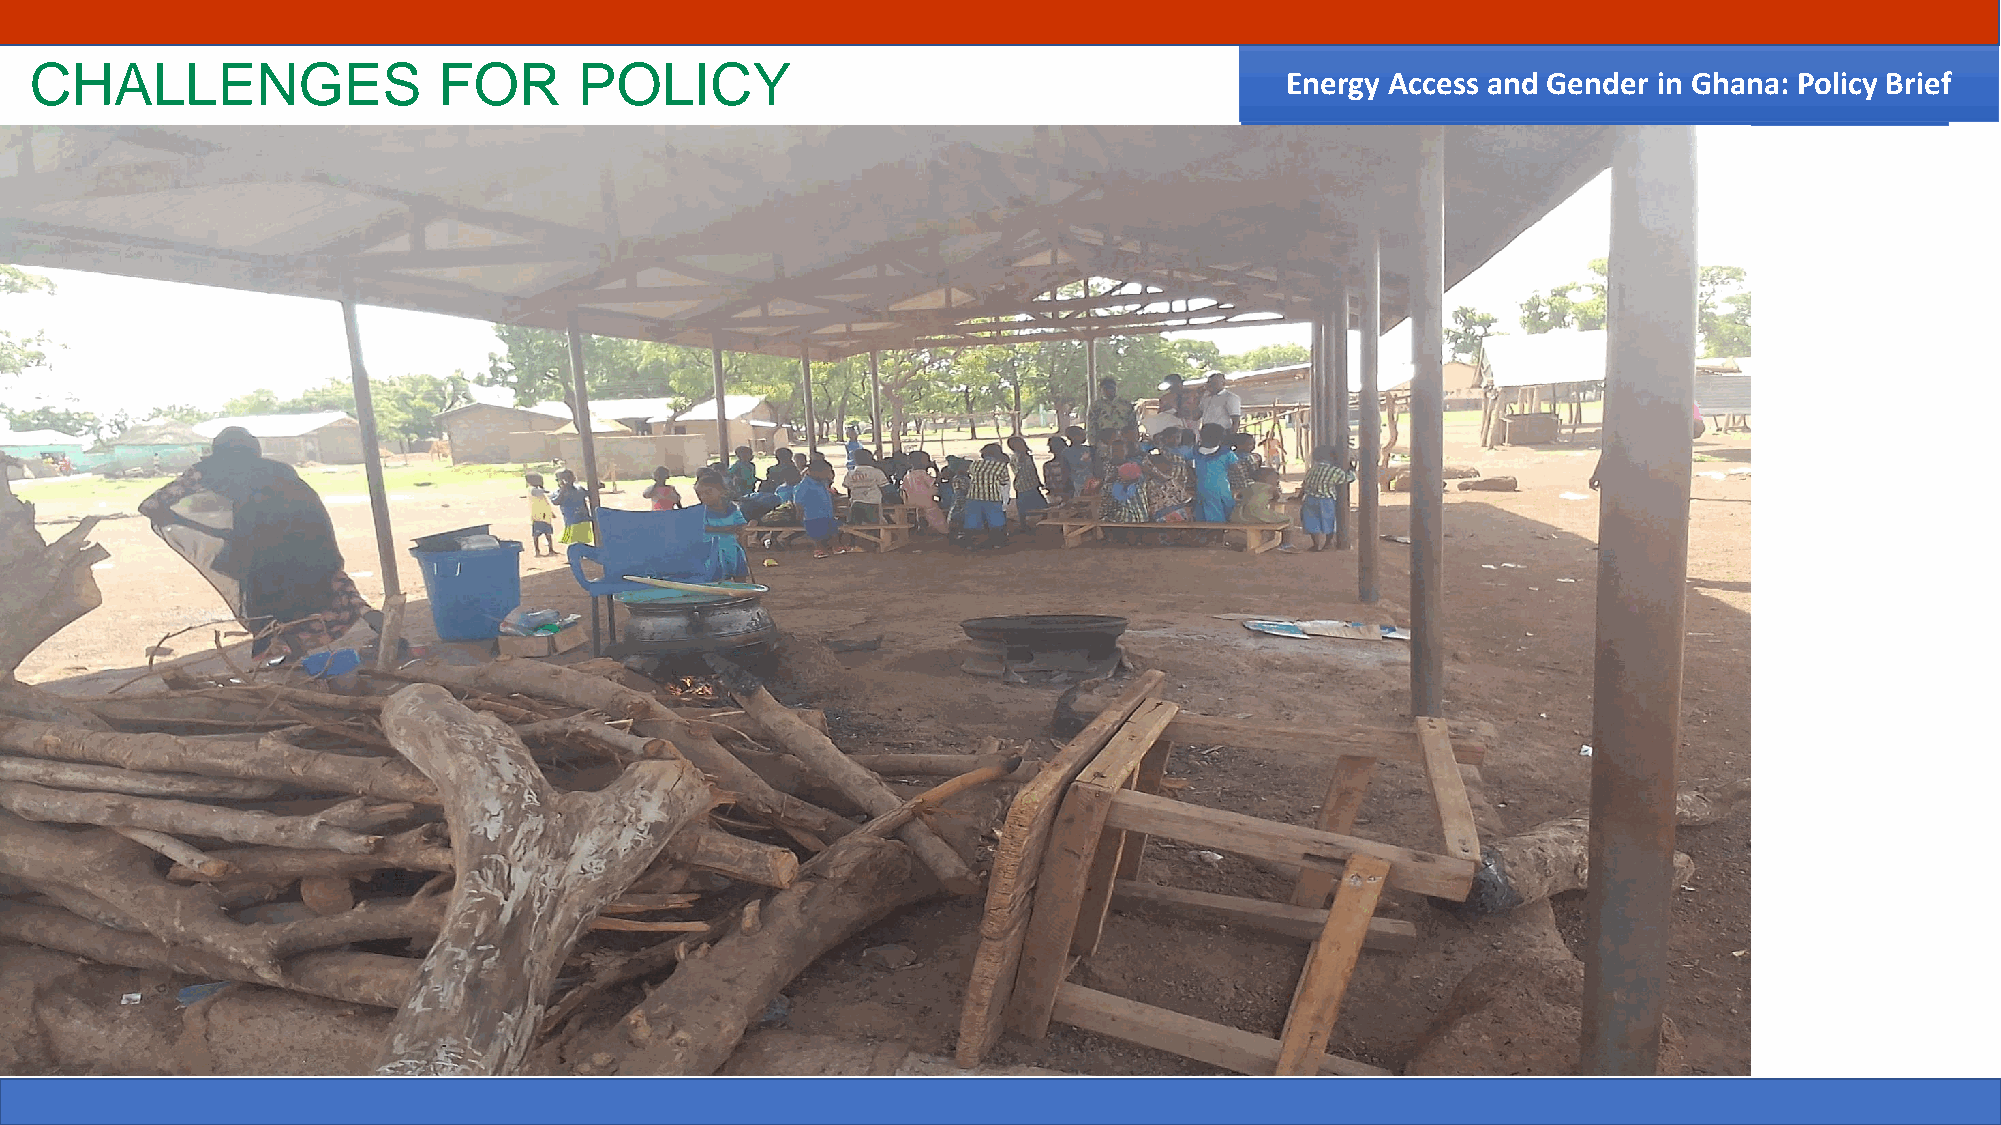
CHALLENGES                 FOR      POLICY
 EnEenregryg Ay cAccecsess asn adn dG eGnednedre irn i nG hGahnaan:a P: oPloiclyic By rBierife f
 26-07-2021                                         GCCA+  AO                                                        10